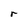
Character: r